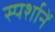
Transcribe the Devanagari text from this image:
स्पर्शानें